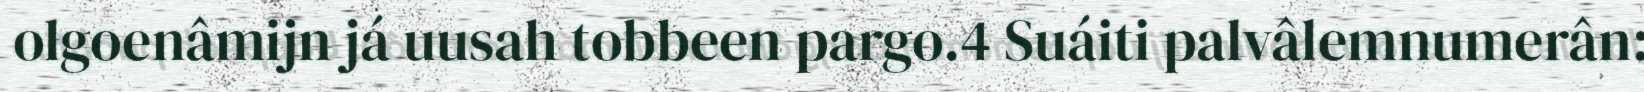
olgoenâmijn já uusah tobbeen pargo.4 Suáiti palvâlemnumerân: